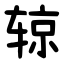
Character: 辌